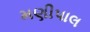
મણીપાલ